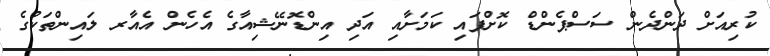
ކުރިއަށް ދަންދެން ސަސްޕެންޑް ކޮށްފައި ކަމަށާއި އަދި އިންޑޮނޭޝިއާގެ އެހެން އެއާރ ލައިންތަކުގެ